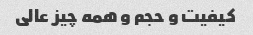
کیفیت و حجم و همه چیز عالى